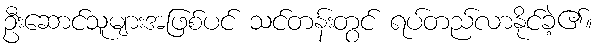
ဦးဆောင်သူများအဖြစ်ပင် သင်တန်းတွင် ရပ်တည်လာနိုင်ခဲ့၏။